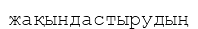
жақындастырудың